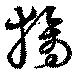
獝